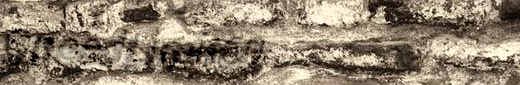
SpeedLimit60